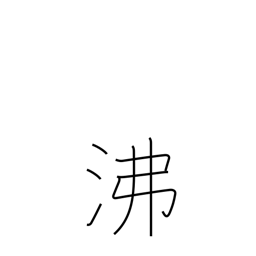
Meaning: breed